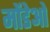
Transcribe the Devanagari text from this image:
मोंडेओ